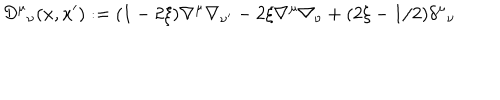
LaTeX: { \cal D } ^ { \mu } { } _ { \nu } ( x , x ^ { \prime } ) : = ( 1 - 2 \xi ) \nabla ^ { \mu } \nabla _ { \nu ^ { \prime } } - 2 \xi \nabla ^ { \mu } \nabla _ { \nu } + ( 2 \xi - 1 / 2 ) \delta ^ { \mu } { } _ { \nu }